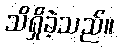
သိရှိခဲ့သည်။